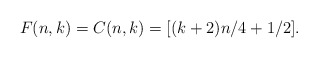
\begin{align*}F(n,k) = C(n,k) = [(k+2)n/4 + 1/2].\end{align*}